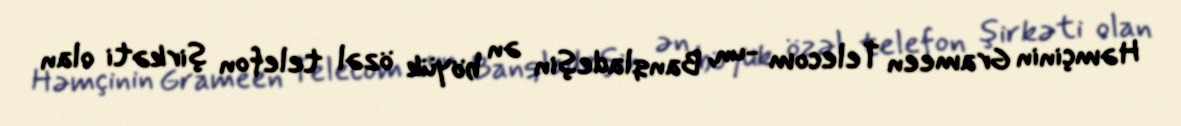
Həmçinin Grameen Telecom -un, Banqladeşin ən böyük özəl telefon şirkəti olan